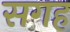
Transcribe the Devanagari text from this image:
सगह